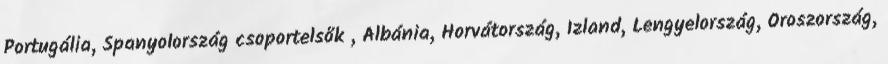
Portugália, Spanyolország csoportelsők , Albánia, Horvátország, Izland, Lengyelország, Oroszország,